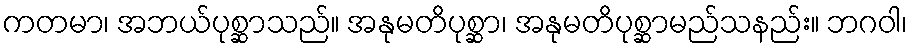
ကတမာ၊ အဘယ်ပုစ္ဆာသည်။ အနုမတိပုစ္ဆာ၊ အနုမတိပုစ္ဆာမည်သနည်း။ ဘဂဝါ၊